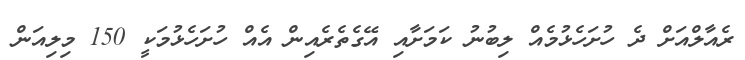
ރެއާލްއަށް ދެ ހުށަހެޅުމެއް ލިބުނު ކަމަށާއި އޭގެތެރެއިން އެއް ހުށަހެޅުމަކީ 150 މިލިއަން